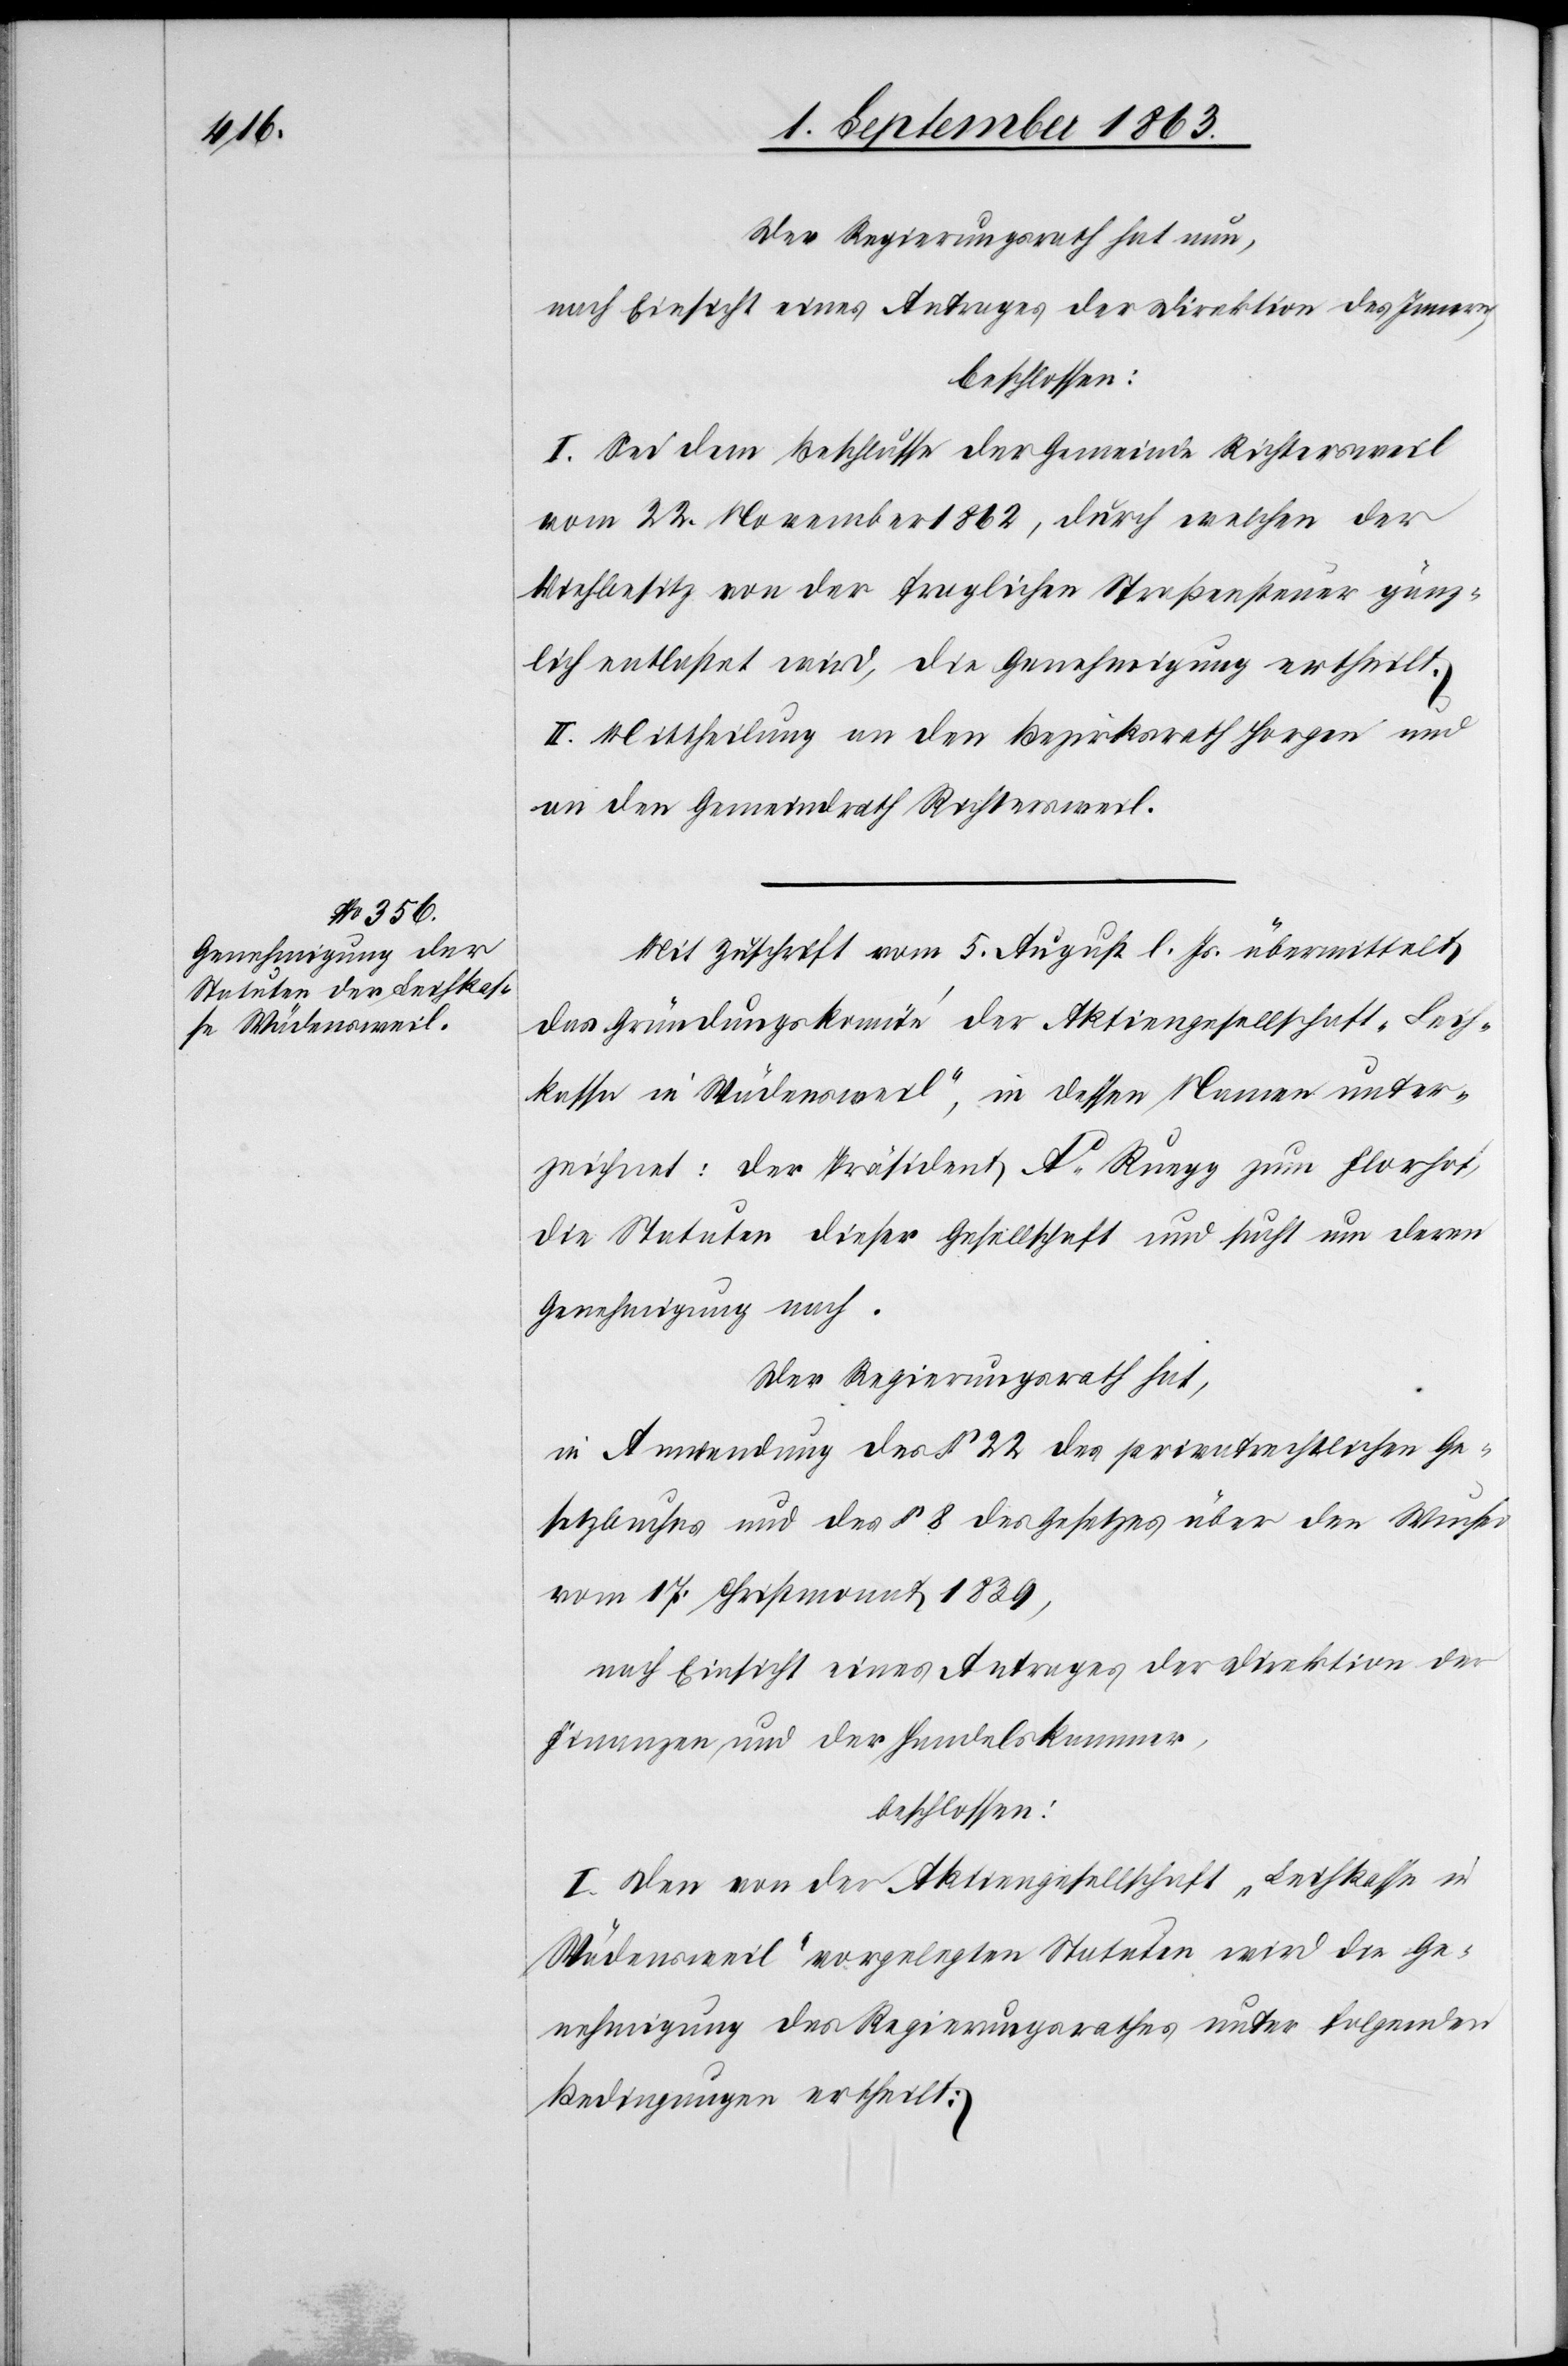
Der Regierungsrath hat nun,
nach Einsicht eines Antrages der Direktion des Innern,
beschlossen:
I. Sei dem Beschlusse der Gemeinde Richtersweil
vom 22. November 1862, durch welchen der
Viehbesitz von der fraglichen Straßensteuer gänz¬
lich entlastet wird, die Genehmigung ertheilt.
II. Mittheilung an den Bezirksrath Horgen u.
an den Gemeindrath Richtersweil.
Mit Zuschrift vom 5. August l. Js. übermittelt
das Gründungskomité der Aktiengesellschaft „Leih¬
kassa in Wädensweil“ [sic!], in dessen Namen unter¬
zeichnet: Der Präsident Ad Ruegg zum Florhof,
die Statuten dieser Gesellschaft und sucht um deren
Genehmigung nach.
Der Regierungsrath hat,
in Anwendung des § 22 des privatrechtlichen Ge¬
setzbuches und des § 8 des Gesetzes über den Wucher
vom 17. Christmonat 1839,
nach Einsicht eines Antrages der Direktion der
Finanzen, und der Handelskammer,
beschlossen:
I. Den von der Aktiengesellschaft „Leihkassa in
Wädensweil“ vorgelegten Statuten wird die Ge¬
nehmigung des Regierungsrathes unter folgenden
Bedingungen ertheilt: